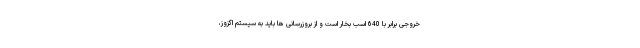
خروجی برابر با 640 اسب بخار است و از بروزرسانی ها باید به سیستم اگزوز،